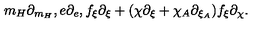
m _ { H } \partial _ { m _ { H } } , e \partial _ { e } , f _ { \xi } \partial _ { \xi } + ( \chi \partial _ { \xi } + \chi _ { A } \partial _ { \xi _ { A } } ) f _ { \xi } \partial _ { \chi } .